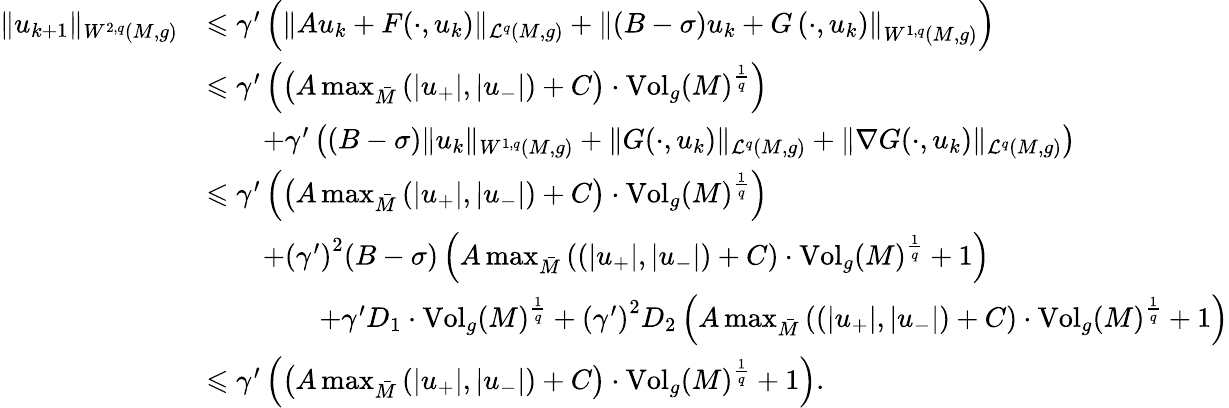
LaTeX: \begin{array}{rl}{\lVert u_{k+1}\rVert_{W^{2,q}(M,g)}}&{\leqslant\gamma^{\prime}\left(\lVert Au_{k}+F(\cdot,u_{k})\rVert_{\mathcal L^{q}(M,g)}+\left\lVert\left(B-\sigma\right)u_{k}+G\left(\cdot,u_{k}\right)\right\rVert_{W^{1,q}(M,g)}\right)}\\ &{\leqslant\gamma^{\prime}\left(\left(A\operatorname*{max}_{\bar{M}}\left(\lvert u_{+}\rvert,\lvert u_{-}\rvert\right)+C\right)\cdot\mathrm{Vol}_{g}(M)^{\frac{1}{q}}\right)}\\ &{\qquad+\gamma^{\prime}\left((B-\sigma)\lVert u_{k}\rVert_{W^{1,q}(M,g)}+\lVert G(\cdot,u_{k})\rVert_{\mathcal L^{q}(M,g)}+\lVert\nabla G(\cdot,u_{k})\rVert_{\mathcal L^{q}(M,g)}\right)}\\ &{\leqslant\gamma^{\prime}\left(\left(A\operatorname*{max}_{\bar{M}}\left(\lvert u_{+}\rvert,\lvert u_{-}\rvert\right)+C\right)\cdot\mathrm{Vol}_{g}(M)^{\frac{1}{q}}\right)}\\ &{\qquad+\left(\gamma^{\prime}\right)^{2}(B-\sigma)\left(A\operatorname*{max}_{\bar{M}}\left(\left(\lvert u_{+}\rvert,\lvert u_{-}\rvert\right)+C\right)\cdot\mathrm{Vol}_{g}(M)^{\frac{1}{q}}+1\right)}\\ &{\qquad\qquad+\gamma^{\prime}D_{1}\cdot\mathrm{Vol}_{g}(M)^{\frac{1}{q}}+\left(\gamma^{\prime}\right)^{2}D_{2}\left(A\operatorname*{max}_{\bar{M}}\left(\left(\lvert u_{+}\rvert,\lvert u_{-}\rvert\right)+C\right)\cdot\mathrm{Vol}_{g}(M)^{\frac{1}{q}}+1\right)}\\ &{\leqslant\gamma^{\prime}\left(\left(A\operatorname*{max}_{\bar{M}}\left(\lvert u_{+}\rvert,\lvert u_{-}\rvert\right)+C\right)\cdot\mathrm{Vol}_{g}(M)^{\frac{1}{q}}+1\right).}\end{array}